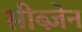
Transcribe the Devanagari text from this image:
सीब्ज़ेन